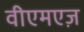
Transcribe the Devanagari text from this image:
वीएमएज़